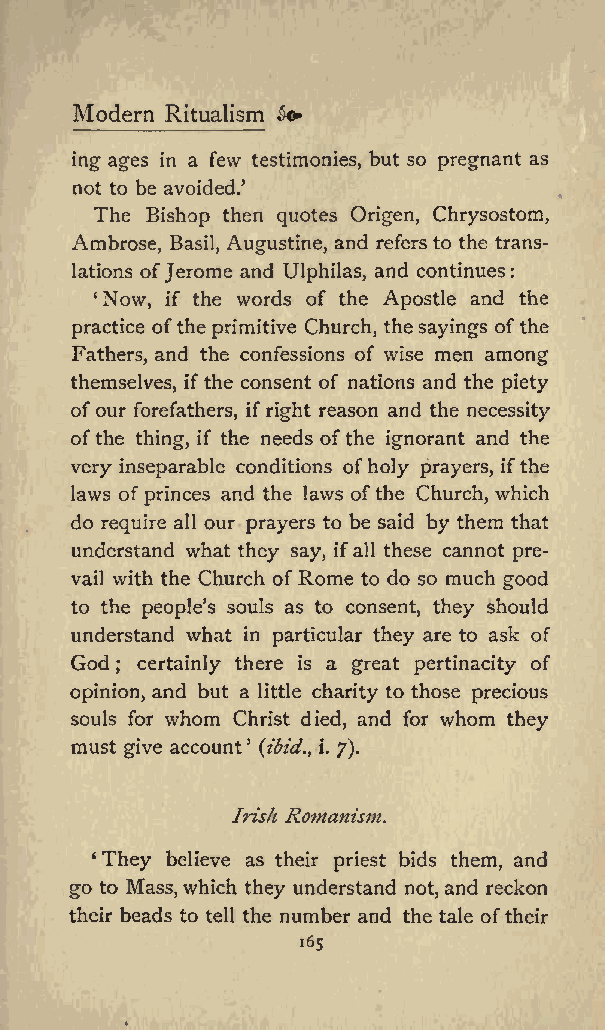
Modern Ritualism fc
 ing ages in a few testimonies, but so pregnant as
 not to be avoided.
 The Bishop then quotes Origen, Chrysostom,
 Ambrose, Basil, Augustine, and refers to the trans
 lations ofJerome and Ulphilas, and continues:
 Now, if the words of the Apostle and the
 practice ofthe primitive Church, thesayings ofthe
 Fathers, and the confessions of wise men among
 themselves, ifthe consent of nations and the piety
 ofour forefathers, ifright reason and the necessity
 ofthe thing, if the needs ofthe ignorant and the
 very inseparable conditions ofholy prayers, ifthe
 laws ofprinces and the laws ofthe Church, which
 do require all our prayers to be said by them that
 understand what they say, ifall these cannot pre
 vail with the Church of Rome to do so much good
 to the peoples souls as to consent, they should
 understand what in particular they are to ask of
 God ; certainly there is a great pertinacity of
 opinion, and but a little charity to those precious
 souls for whom Christ died, and for whom they
 must give account (ibid., i. 7).
 Irish Romanism.
 They believe as their priest bids them, and
 go to Mass,which they understand not, and reckon
 their beads to tell the number and the tale oftheir